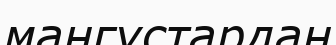
мангустардан